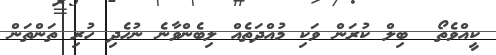
ކީއްވެތޯ  ބިލް ކުރަން ވަކި މުއްދަތެއް ލިބެންވާނެ ނުހެދި ހުރި ތަންތަން